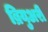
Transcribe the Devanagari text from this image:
ब्रियुअरी